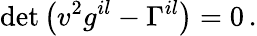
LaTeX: \operatorname*{det}\left(v^{2}g^{il}-\Gamma^{il}\right)=0\, .